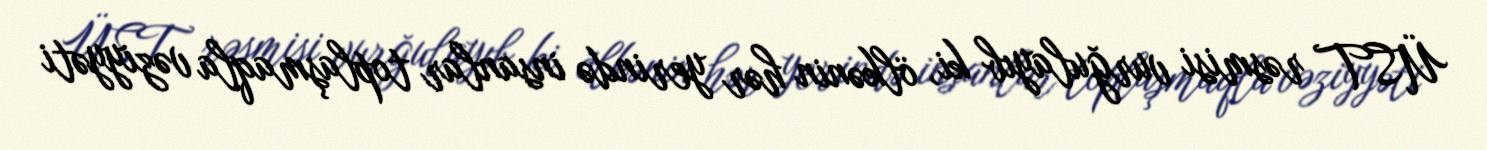
ÜST rəsmisi vurğulayıb ki, ölkənin hər yerində insanlar toplaşmaqla vəziyyəti